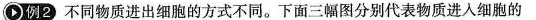
例2不同物质进出细胞的方式不同。下面三幅图分别代表物质进入细胞的